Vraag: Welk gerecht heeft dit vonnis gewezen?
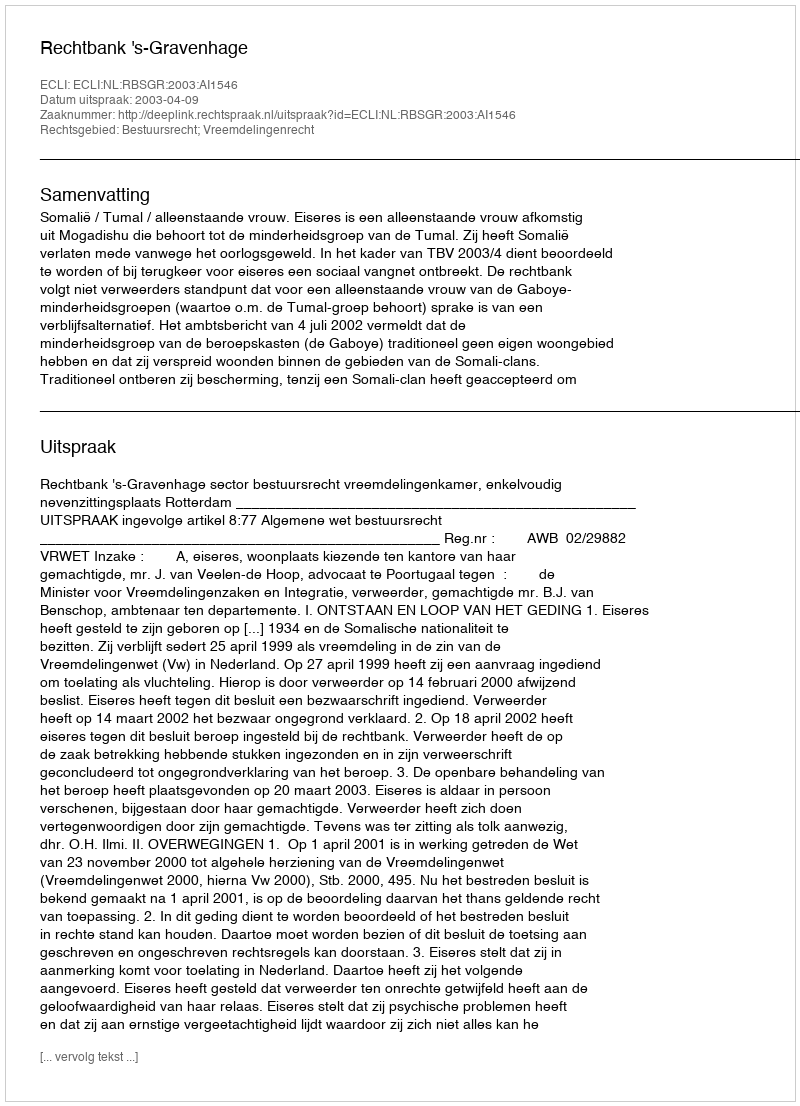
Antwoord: Rechtbank 's-Gravenhage